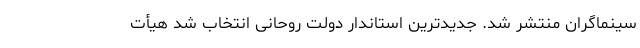
سینماگران منتشر شد. جدیدترین استاندار دولت روحانی انتخاب شد هیأت